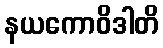
နယကောဝိဒါတိ